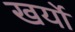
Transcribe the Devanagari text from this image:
खर्यो